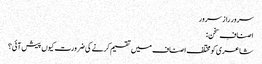
سرور راز سرور
اصنافِ سخن :
شاعری کو مختلف اصناف میں تقسیم کرنے کی ضرورت کیوں پیش آئی؟